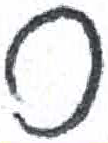
אות: ס